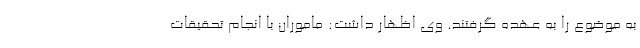
به موضوع را به عهده گرفتند. وی اظهار داشت: ماموران با انجام تحقیقات